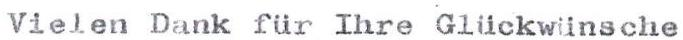
Vielen Dank für Ihre Glückwünsche